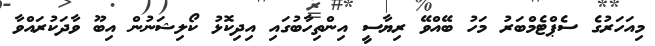
މިއަހަރުގެ ސެޕްޓެމްބަރު މަހު ބޭއްވޭ ރިޔާސީ އިންތިހާބުގައި އިދިކޮޅު ކޯލިޝަނުން އިބޫ ވާދަކުރައްވާ